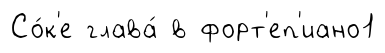
Со́к'е глава́ в форт'еп'иано1